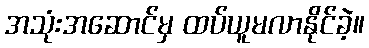
အသုံးအဆောင်မှ ထပ်ယူမလာနိုင်ခဲ့။